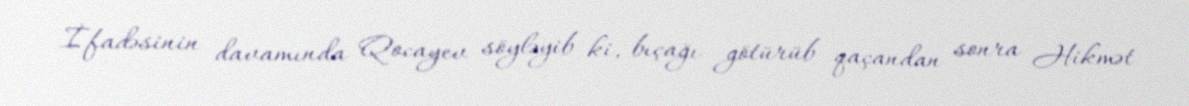
İfadəsinin davamında Qocayev söyləyib ki, bıçağı götürüb qaçandan sonra Hikmət